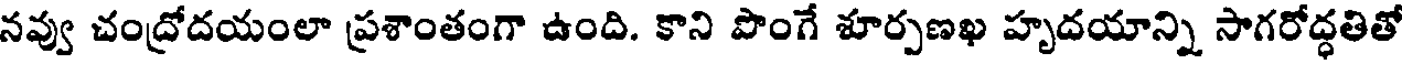
నవ్వు చంద్రోదయంలా ప్రశాంతంగా ఉంది. కాని పొంగే శూర్పణఖ హృదయాన్ని సాగరోద్ధతితో